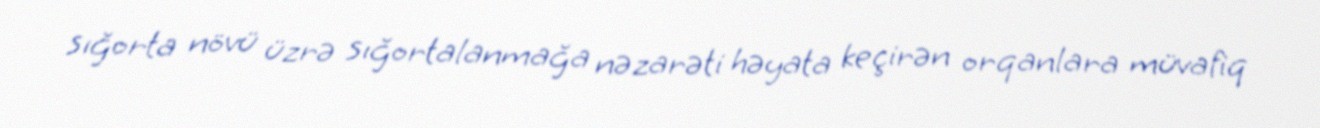
sığorta növü üzrə sığortalanmağa nəzarəti həyata keçirən orqanlara müvafiq